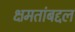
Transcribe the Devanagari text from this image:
क्षमतांबद्दल